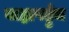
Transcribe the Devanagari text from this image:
वाह्यपहुँच